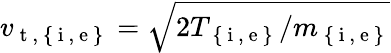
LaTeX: v_{\mathrm{~t~,~\{ ~i~,~e~\} ~}}=\sqrt{2T_{\mathrm{~\{ ~i~,~e~\} ~}}/m_{\mathrm{~\{ ~i~,~e~\} ~}}}